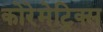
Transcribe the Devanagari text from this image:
कोरेमेट्रिक्स